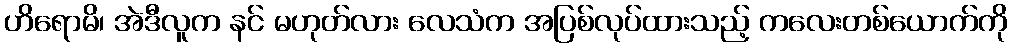
ဟိရောမိ၊ အဲဒီလူက နင် မဟုတ်လား လေသံက အပြစ်လုပ်ထားသည့် ကလေးတစ်ယောက်ကို